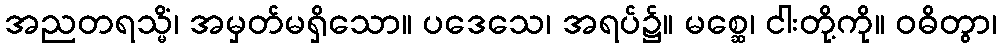
အညတရသ္မိံ၊ အမှတ်မရှိသော။ ပဒေသေ၊ အရပ်၌။ မစ္ဆေ၊ ငါးတို့ကို။ ဝဓိတွာ၊